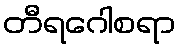
တီရဂေါစရာ